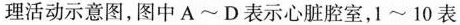
理活动示意图，图中 A~D 表示心脏腔室，1~10 表